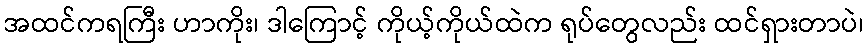
အထင်ကရကြီး ဟာကိုး၊ ဒါကြောင့် ကိုယ့်ကိုယ်ထဲက ရုပ်တွေလည်း ထင်ရှားတာပဲ၊